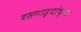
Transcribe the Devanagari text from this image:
बसगाड्यांच्या